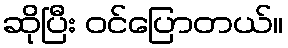
ဆိုပြီး ဝင်ပြောတယ်။